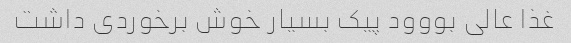
غذا عالی بووود پیک بسیار خوش برخوردی داشت